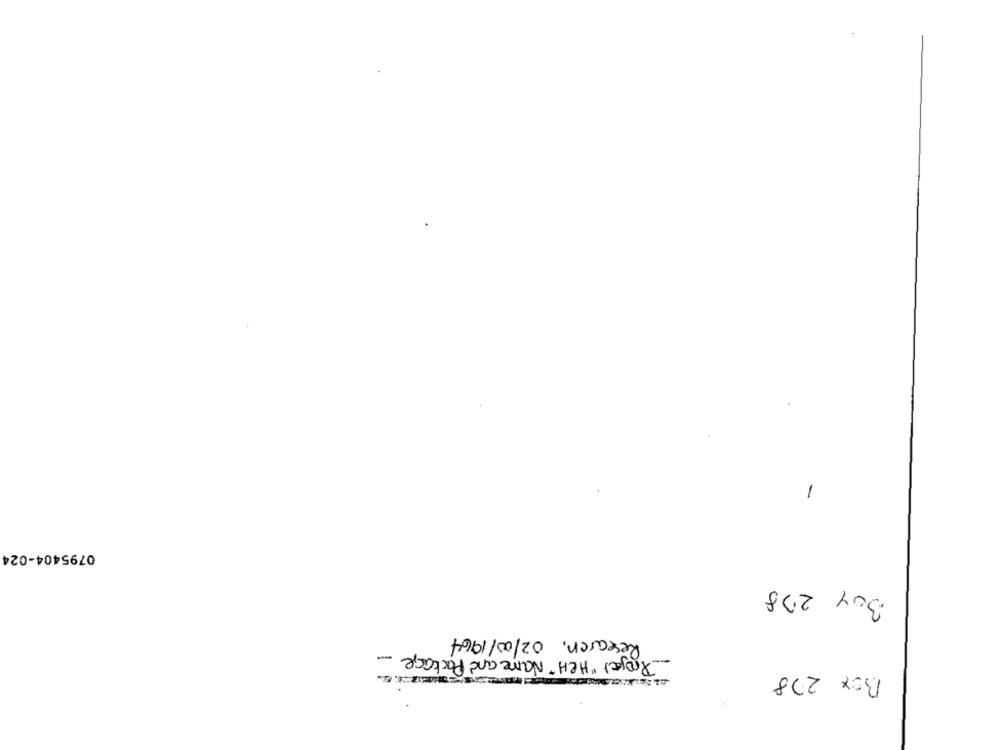
-
0795404-024
Boy 278
Research, 02/00/1964
Project "HeH" Name and Package ..
Box 278